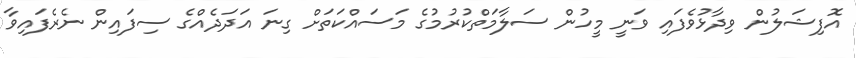
އޮފިޝަލުން ވިދާޅުވެފައި ވަނީ މީހުން ސަލާމަތްކުރުމުގެ މަސައްކަތަށް ގިނަ އަދަދެއްގެ ސިފައިން ނެރެފައިވާ